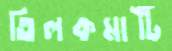
তিলকমাটি